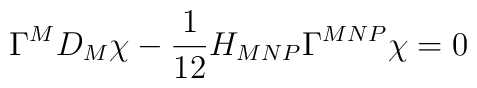
\Gamma^MD_M\chi -\frac1{12}H_{MNP}\Gamma^{MNP}\chi=0